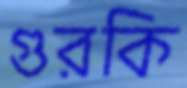
গুরকি